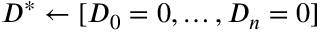
D ^ { * } \gets [ D _ { 0 } = 0 , \dots , D _ { n } = 0 ]